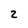
Character: 2